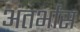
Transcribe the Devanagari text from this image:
अंतर्भास